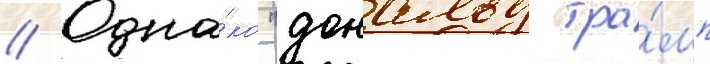
// Одна́ко "дональд тра́мп